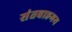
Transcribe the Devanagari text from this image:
संतवाङमय